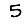
Digit: 5